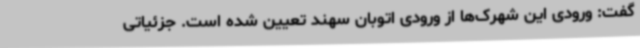
گفت: ورودی این شهرک‌ها از ورودی اتوبان سهند تعیین شده است. جزئیاتی